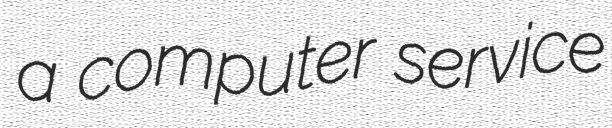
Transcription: a computer service